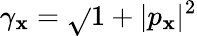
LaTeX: \gamma_{\mathbf{x}}=\sqrt{}{{1+|p_{\mathbf{x}}|^{2}}}